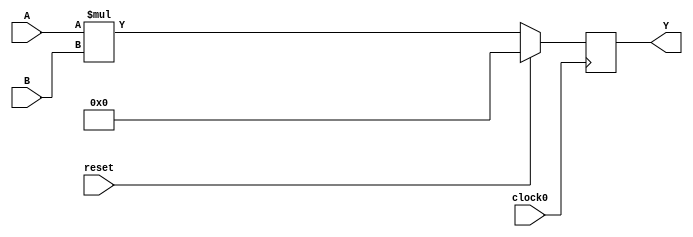
//`include "../dsp_bm_defines.v"
`define MULT_28X20_UNSIGNED_REGOUT 2

module mult(
  input reset,
  input clock0,
  input [0:27] A,
  input [0:19] B,
  output reg [0:47] Y
);

  always @(posedge clock0) begin
    if (reset) begin
      Y <= 0;
    end else begin
      Y <= A*B;
    end
  end
endmodule

module mult_28x20_unsigned_regout
(
  input [0: $clog2(`MULT_28X20_UNSIGNED_REGOUT+1) - 1] id,
  input reset,
  input clock0,
  input [0:27] A,
  input [0:19] B,
  output [0:47] Y
);
wire [0:47] output_Y [0:`MULT_28X20_UNSIGNED_REGOUT - 1];
wire [0:27] input_A [0:`MULT_28X20_UNSIGNED_REGOUT - 1];
wire [0:19] input_B [0:`MULT_28X20_UNSIGNED_REGOUT - 1];

genvar i;
generate
  for(i=0; i < `MULT_28X20_UNSIGNED_REGOUT; i =i + 1)begin
    mult instance0(reset,clock0,input_A[i],input_B[i],output_Y[i]);
    if(i > 0) begin
      assign input_A[i] = output_Y[i-1][0:27];
      assign input_B[i] = output_Y[i-1][28:47];
    end
  end
endgenerate
assign input_A[0] = A;
assign input_B[0] = B;
assign Y = output_Y[id];
  
endmodule